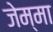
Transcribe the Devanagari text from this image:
जेम्मा